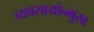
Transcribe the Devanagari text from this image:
व्यवसायोन्मुख